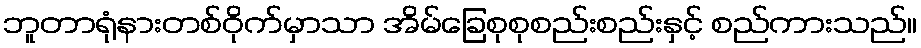
ဘူတာရုံနားတစ်ဝိုက်မှာသာ အိမ်ခြေစုစုစည်းစည်းနှင့် စည်ကားသည်။